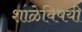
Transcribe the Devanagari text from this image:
शाळेविषयी